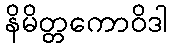
နိမိတ္တကောဝိဒါ